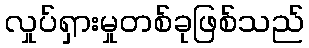
လှုပ်ရှားမှုတစ်ခုဖြစ်သည်